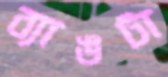
ব্যাঙটা